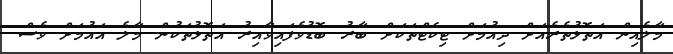
މާލެއިން އަތޮޅުތެރެއަށް ދިއުމަށް ޓިކެޓްތަކަށް ބާރު ބޮޑުވެފައިވާއިރު އަތޮޅުތަކުން މާލެ އައުމަށް ވެސް